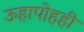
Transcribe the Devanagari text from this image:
ऊहापोहही